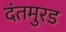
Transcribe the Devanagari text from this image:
दंतमुरड